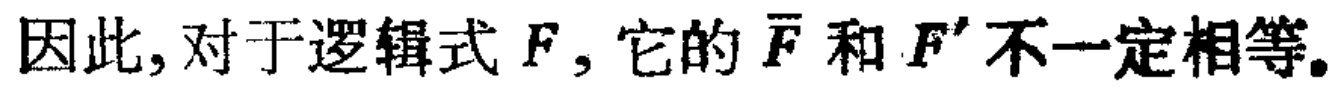
因此,对于逻辑式 \(F\),它的 \(\overline{F}\) 和 \(F'\) 不一定相等。